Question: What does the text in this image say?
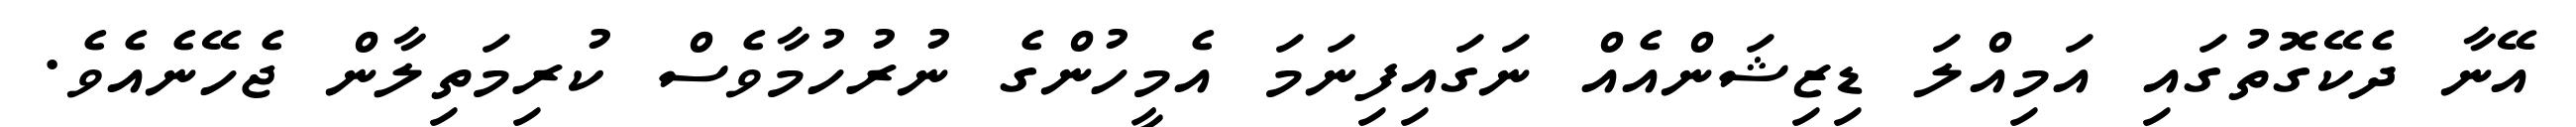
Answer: އޭނާ ދެކޭގޮތުގައި އަމިއްލަ ޑިޒިޝަންއެއް ނަގައިފިނަމަ އެމީހުންގެ ނުރުހުމާވެސް ކުރިމަތިލާން ޖެހޭނެއެވެ.